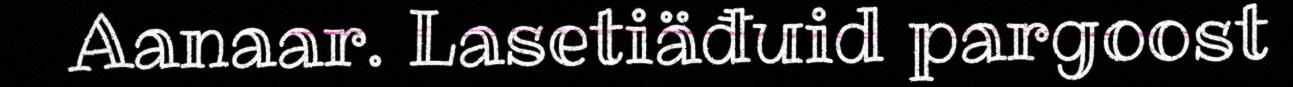
Aanaar. Lasetiäđuid pargoost